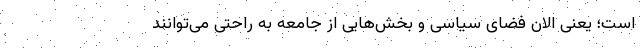
است؛ یعنی الان فضای سیاسی و بخش‌هایی از جامعه به‌ راحتی می‌توانند